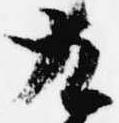
九